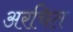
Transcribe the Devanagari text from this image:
अरचित